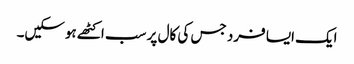
ایک ایسا فرد جس کی کال پر سب اکٹھے ہوسکیں۔